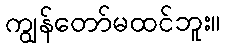
ကျွန်တော်မထင်ဘူး။